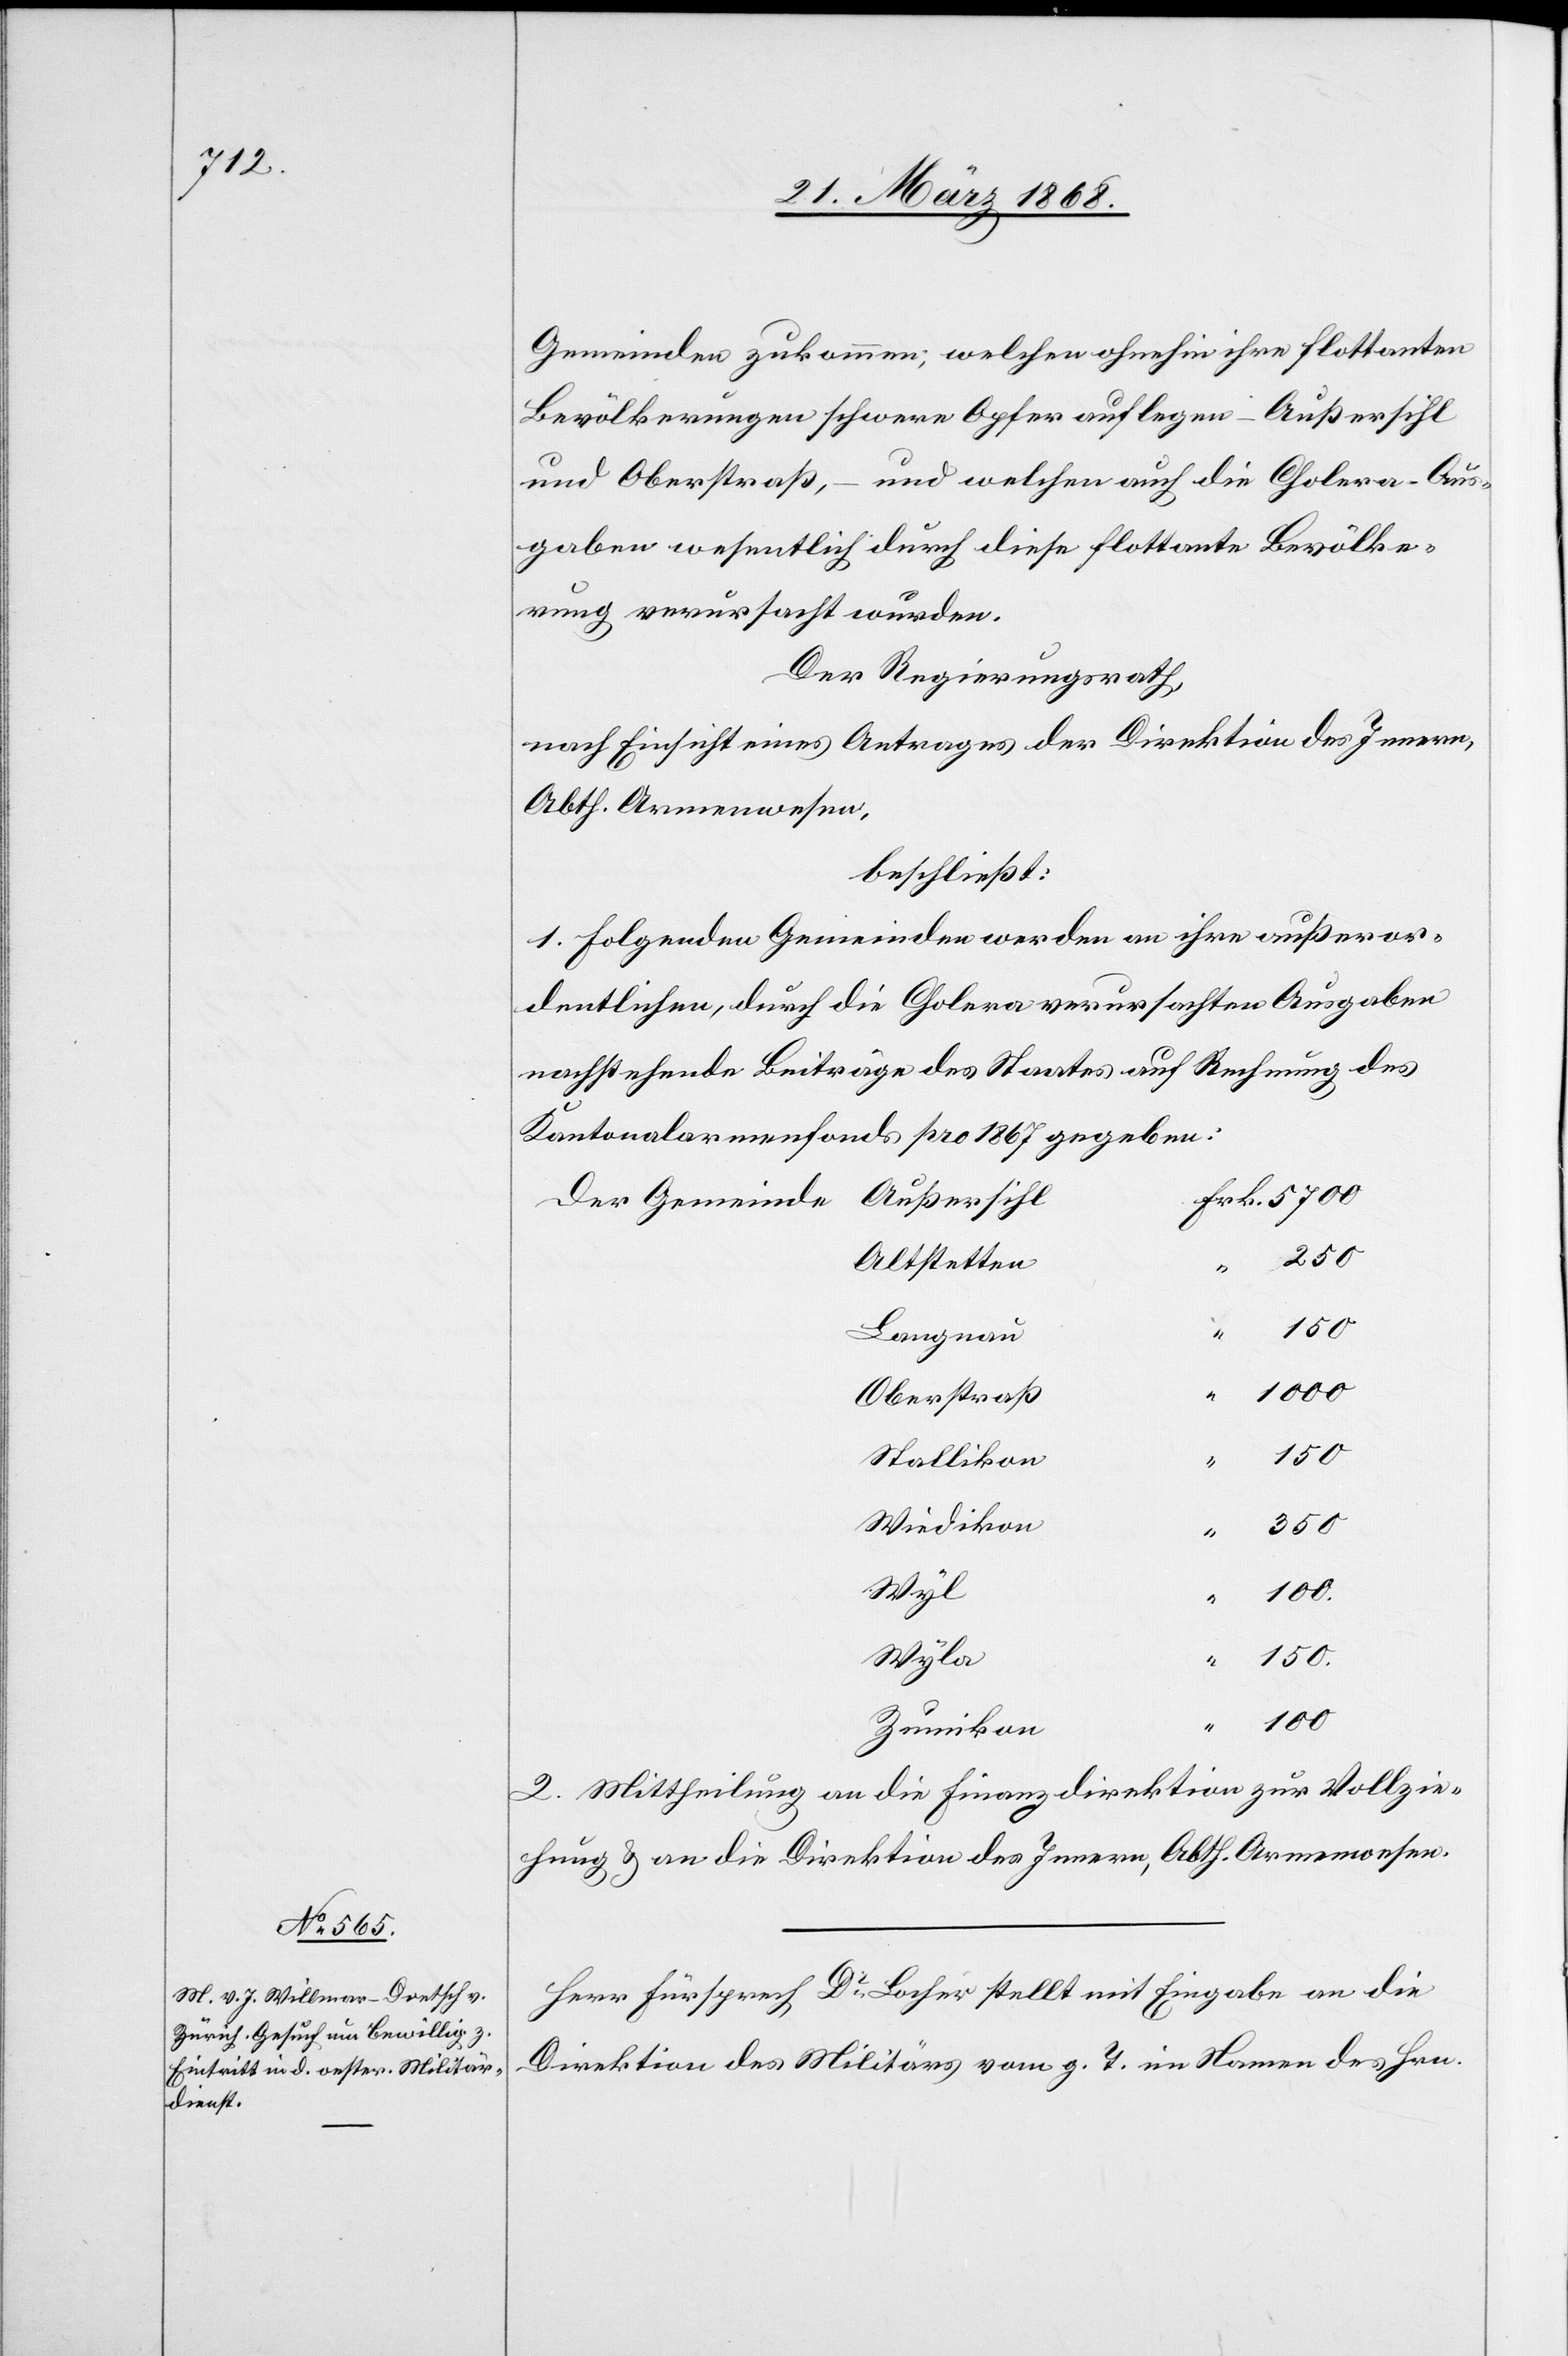
Gemeinden zukommen; welchen ohnehin ihre flottanten
Bevölkerungen schwere Opfer auflegen – Außersihl
und Oberstraß, – und welchen auch die Cholera-Aus¬
gaben wesentlich durch diese flottante Bevölke¬
rung verursacht wurden.
Der Regierungsrath,
nach Einsicht eines Antrages der Direktion des Innern,
Abth. Armenwesen,
beschließt:
1. Folgenden Gemeinden werden an ihre außeror¬
dentlichen, durch die Cholera verursachten Ausgaben
nachstehende Beiträge des Staates auf Rechnung des
Kantonalarmenfonds pro 1867 gegeben:
Frk. 5700
Außersihl
Der Gemeinde
250
Altstetten
150
Langnau
Oberstraß
150.
Stallikon
Wiedikon
350
Wyl
100.
Wyla
100
Zumikon
2. Mittheilung an die Finanzdirektion zur Vollzie¬
hung & an die Direktion des Innern, Abth. Armenwesen.
Herr Fürsprech Dr. Locher stellt mit Eingabe an die
Direktion des Militärs vom g. T. im Namen des Hrn.